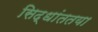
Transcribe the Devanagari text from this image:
सिद्धांततया